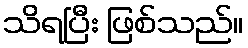
သိရပြီး ဖြစ်သည်။